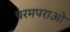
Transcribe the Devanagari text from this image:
परमपराओ